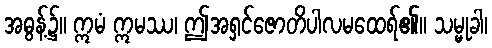
အဓွန့်၌။ ဣမံ ဣမဿ၊ ဤအရှင်ဇောတိပါလမထေရ်၏။ သမ္မုခါ၊